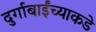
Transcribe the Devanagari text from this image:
दुर्गाबाईंच्याकडे